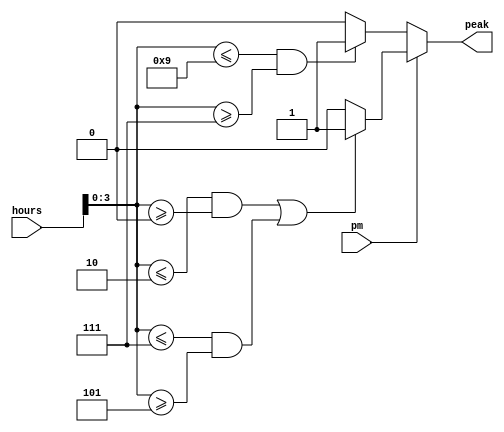
module peak_offpeak(
    input [7:0] hours,
    input pm,
    output reg peak);

// Peak Hour Periods -- 0700  0900, 1200  1400 and 1700  1900 hours
// Edit on Parth's PC
initial 
    peak = 0;

always @(*) begin
    if (~pm) begin
        if  ((hours[3:0] <= 9) && (hours[3:0] >= 7)) 
            peak <= 1;
        
        else 
            peak <= 0;
    end
    else begin
        if  (((hours[3:0] <= 2) && (hours[3:0] >= 0)) || ((hours[3:0] <= 7) && (hours[3:0] >= 5))) 
            peak <= 1;  
        else 
            peak <= 0;    
        end
    end

endmodule